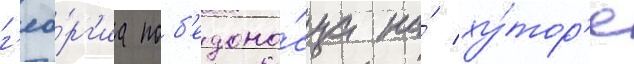
г'ео́рг'иа поб'едоно́сца на́ ху́тор'е